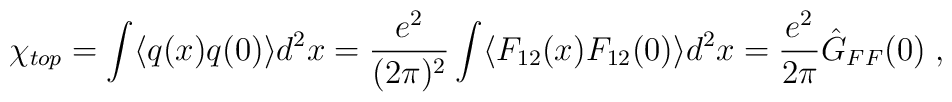
\chi_{top} = \int \langle q(x) q(0) \rangle d^2x = \frac{e^2}{(2\pi)^2}\int \langle F_{12}(x) F_{12}(0) \rangle d^2x =\frac{e^2}{2\pi} \hat{G}_{FF}(0) \; ,